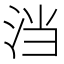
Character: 𭰎